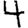
Digit: 4